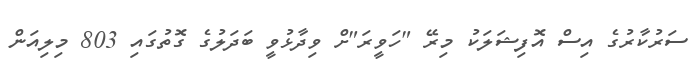
ސަރުކާރުގެ އިސް އޮފިޝަލަކު މިރޭ "ހަވީރަ"ށް ވިދާޅުވީ ބަދަލުގެ ގޮތުގައި 803 މިލިއަން